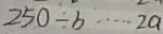
2 5 0 \div b \cdots 2 a